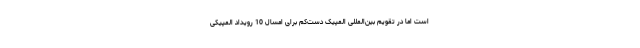
است اما در تقویم بین‌المللی المپیک دست‌کم برای امسال 10 رویداد المپیکی